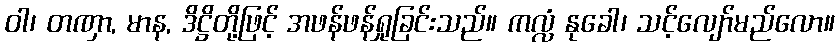
ဝါ၊ တဏှာ, မာန, ဒိဋ္ဌိတို့ဖြင့် အဖန်ဖန်ရှုခြင်းသည်။ ကလ္လံ နုခေါ၊ သင့်လျော်မည်လော။